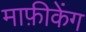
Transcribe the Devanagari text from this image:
माफ़ीकेंग